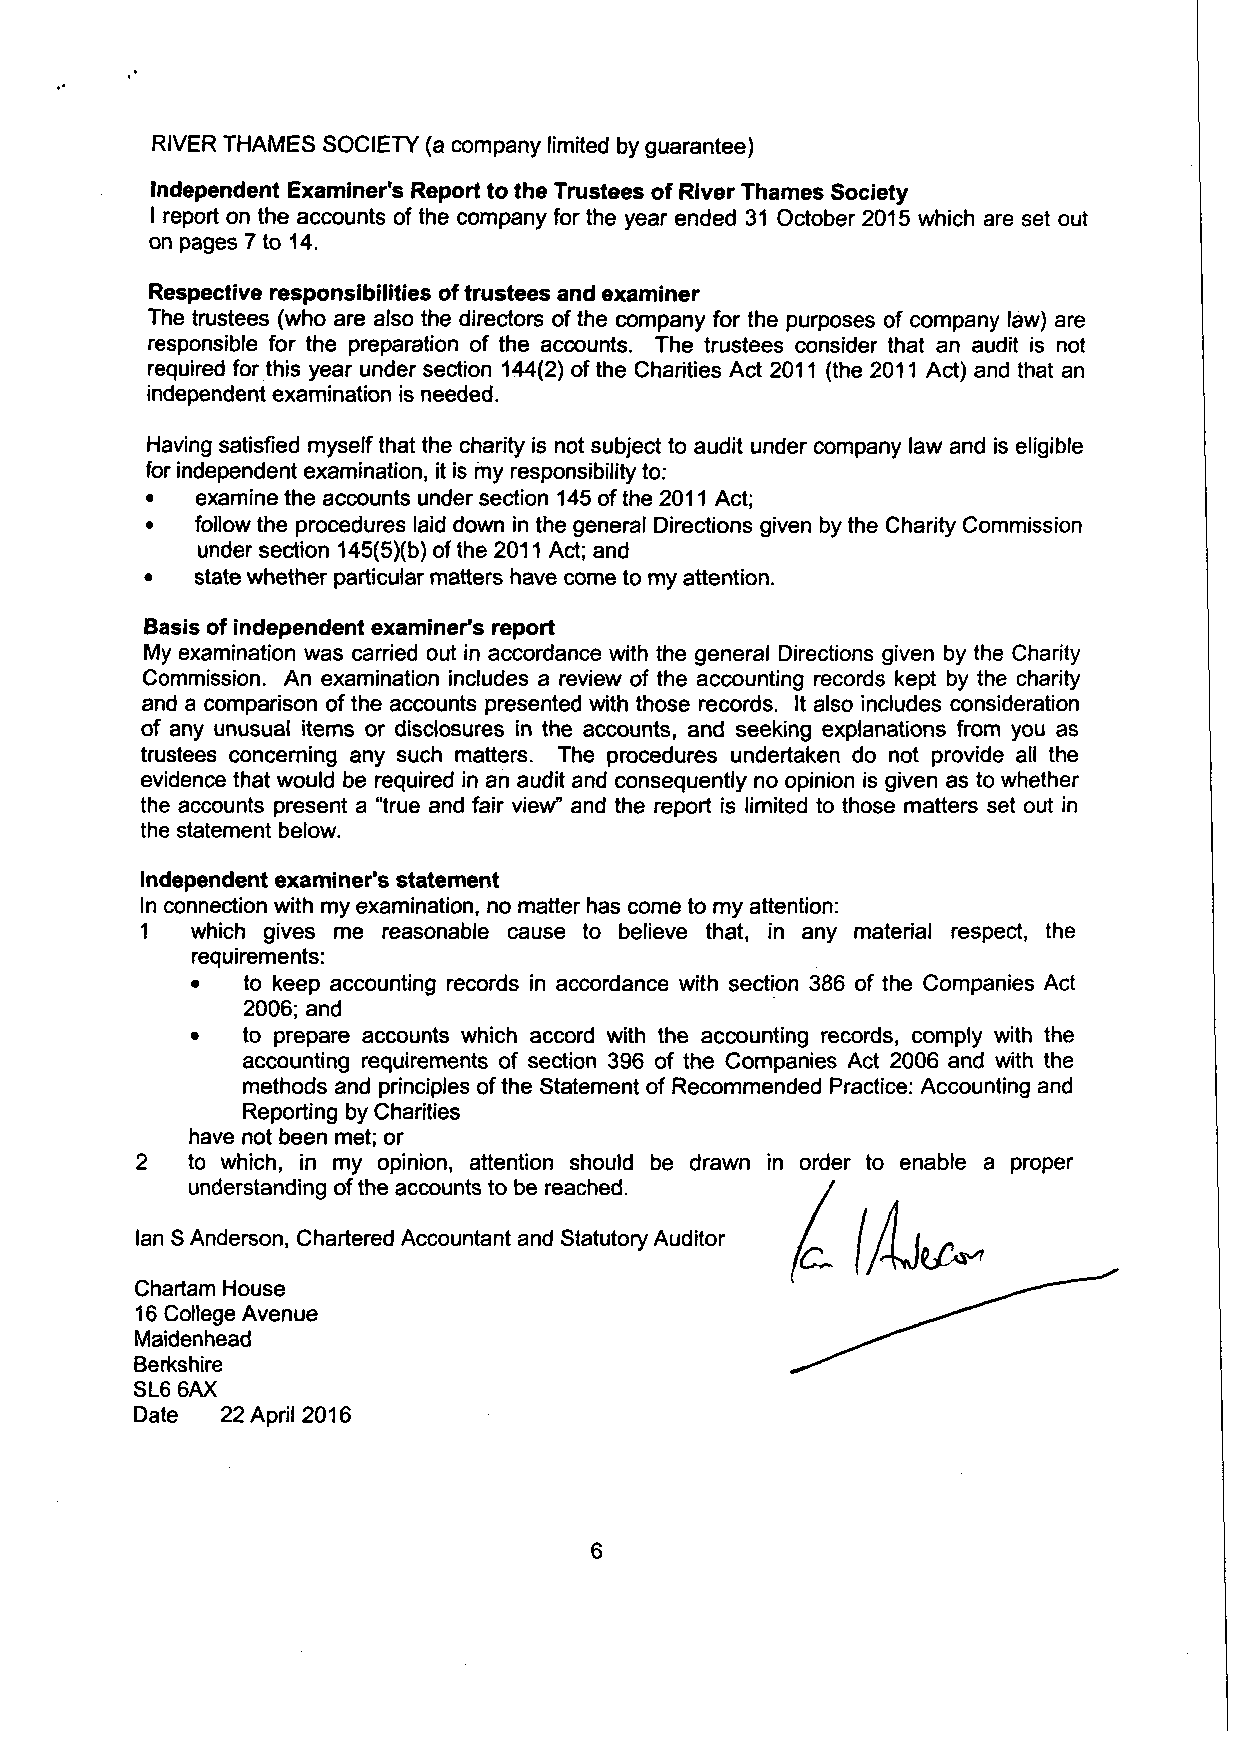
RIVER THAMES SOCIETY (a company limited by guarantee)
 Independent Examiner's Report to the Trustees of River Thames Society
 I report on the accounts of the company for the year ended 31 October 2015 which are set out
 on pages 7 to 14.
 Respective responsibilities of trustees and examiner
 The trustees (who are also the directors of the company for the purposes of company law) are
 responsible for the preparation of the accounts. The trustees consider that an audit is not
 required for this year under section 144(2) of the Charities Act 2011 (the 2011 Act) and that an
 independent examination is needed.
 Having satisfied myself that the charity is not subject to audit under company law and is eligible
 for independent examination, it is my responsibility to:
 •  examine the accounts under section 145 of the 2011 Act;
 •  follow the procedures laid down in the general Directions given by the Charity Commission
 under section 145(5)(b) of the 2011 Act; and
 •  state whether particular matters have come to my attention.
 Basis of independent examiner's report
 My examination was carried out in accordance with the general Directions given by the Charity
 Commission. An examination includes a review of the accounting records kept by the charity
 and a comparison of the accounts presented with those records. It also includes consideration
 of any unusual items or disclosures in the accounts, and seeking explanations from you as
 trustees concerning any such matters. The procedures undertaken do not provide all the
 evidence that would be required in an audit and consequently no opinion is given as to whether
 the accounts present a "true and fair view" and the report is limited to those matters set out in
 the statement below.
 Independent examiner's statement
 In connection with my examination, no matter has come to my attention:
 1   which gives me reasonable cause to believe that, in any material respect, the
 requirements:
 •  to keep accounting records in accordance with section 386 of the Companies Act
 2006; and
 •  to prepare accounts which accord with the accounting records, comply with the
 accounting requirements of section 396 of the Companies Act 2006 and with the
 methods and principles of the Statement of Recommended Practice: Accounting and
 Reporting by Charities
 have not been met; or
 2  to which, in my opinion, attention should be drawn in order to enable a proper
 understanding ofthe accounts to be reached.
 lan S Anderson, Chartered Accountant and Statutory Auditor
 Chartam House
 16 College Avenue
 Maidenhead
 Berkshire
 SL6 6AX
 Date  22 April 2016
 6